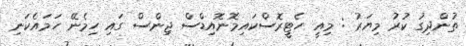
ތުންދިގު ކުރު މިޔަރު : މިއީ ހެޓީރޮސްކައިމޮނޮއިޑްސް ޖިންސް ގައި ހިމެނޭ ހަމައެކަނި